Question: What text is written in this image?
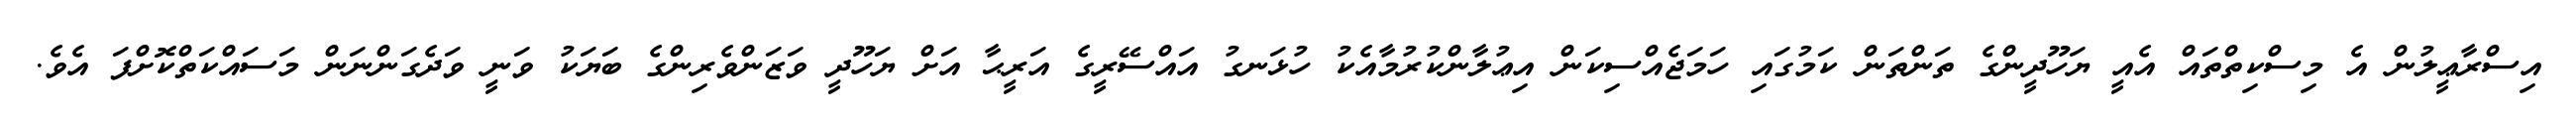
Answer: އިސްރާޢީލުން އެ މިސްކިތްތައް އެއީ ޔަހޫދީންގެ ތަންތަން ކަމުގައި ހަމަޖެއްސިކަން އިޢުލާންކުރުމާއެކު ހުޅަނގު އައްސޭރީގެ އަރީޙާ އަށް ޔަހޫދީ ވަޒަންވެރިންގެ ބަޔަކު ވަނީ ވަދެގަންނަން މަސައްކަތްކޮށްފަ އެވެ.